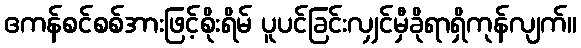
ဧကန်စင်စစ်အားဖြင့်စိုးရိမ် ပူပင်ခြင်းလျှင်မှီခိုရာရှိကုန်လျက်။